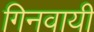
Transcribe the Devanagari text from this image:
गिनवायी